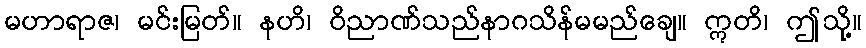
မဟာရာဇ၊ မင်းမြတ်။ နဟိ၊ ဝိညာဏ်သည်နာဂသိန်မမည်ချေ။ ဣတိ၊ ဤသို့။